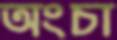
অংচা